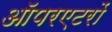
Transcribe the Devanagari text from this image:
ऑपरएटरों